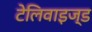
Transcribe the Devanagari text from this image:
टेलिवाइज्ड